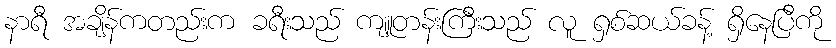
နာရီ အချိန်ကတည်းက ခရီးသည် ကျူတန်းကြီးသည် လူ ရှစ်ဆယ်ခန့် ရှိနေပြီကို